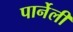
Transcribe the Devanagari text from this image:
पार्नेली